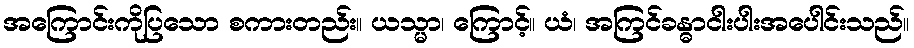
အကြောင်းကိုပြသော စကားတည်း။ ယသ္မာ၊ ကြောင့်။ ယံ၊ အကြင်ခန္ဓာငါးပါးအပေါင်းသည်။